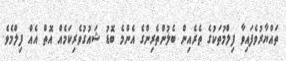
ތައްޔާރުވެފައިވާ ފިލްމުތަކުގެ ތެރެއިން ބެލުންތެރިންގެ އެންމެ ބޮޑު ޝައުގުވެރިކަމެއް އޮތް އެއް ފިލްމެވެ.